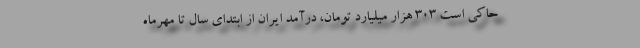
حاکی است ۳۰۳ هزار میلیارد تومان، درآمد ایران از ابتدای سال تا مهرماه